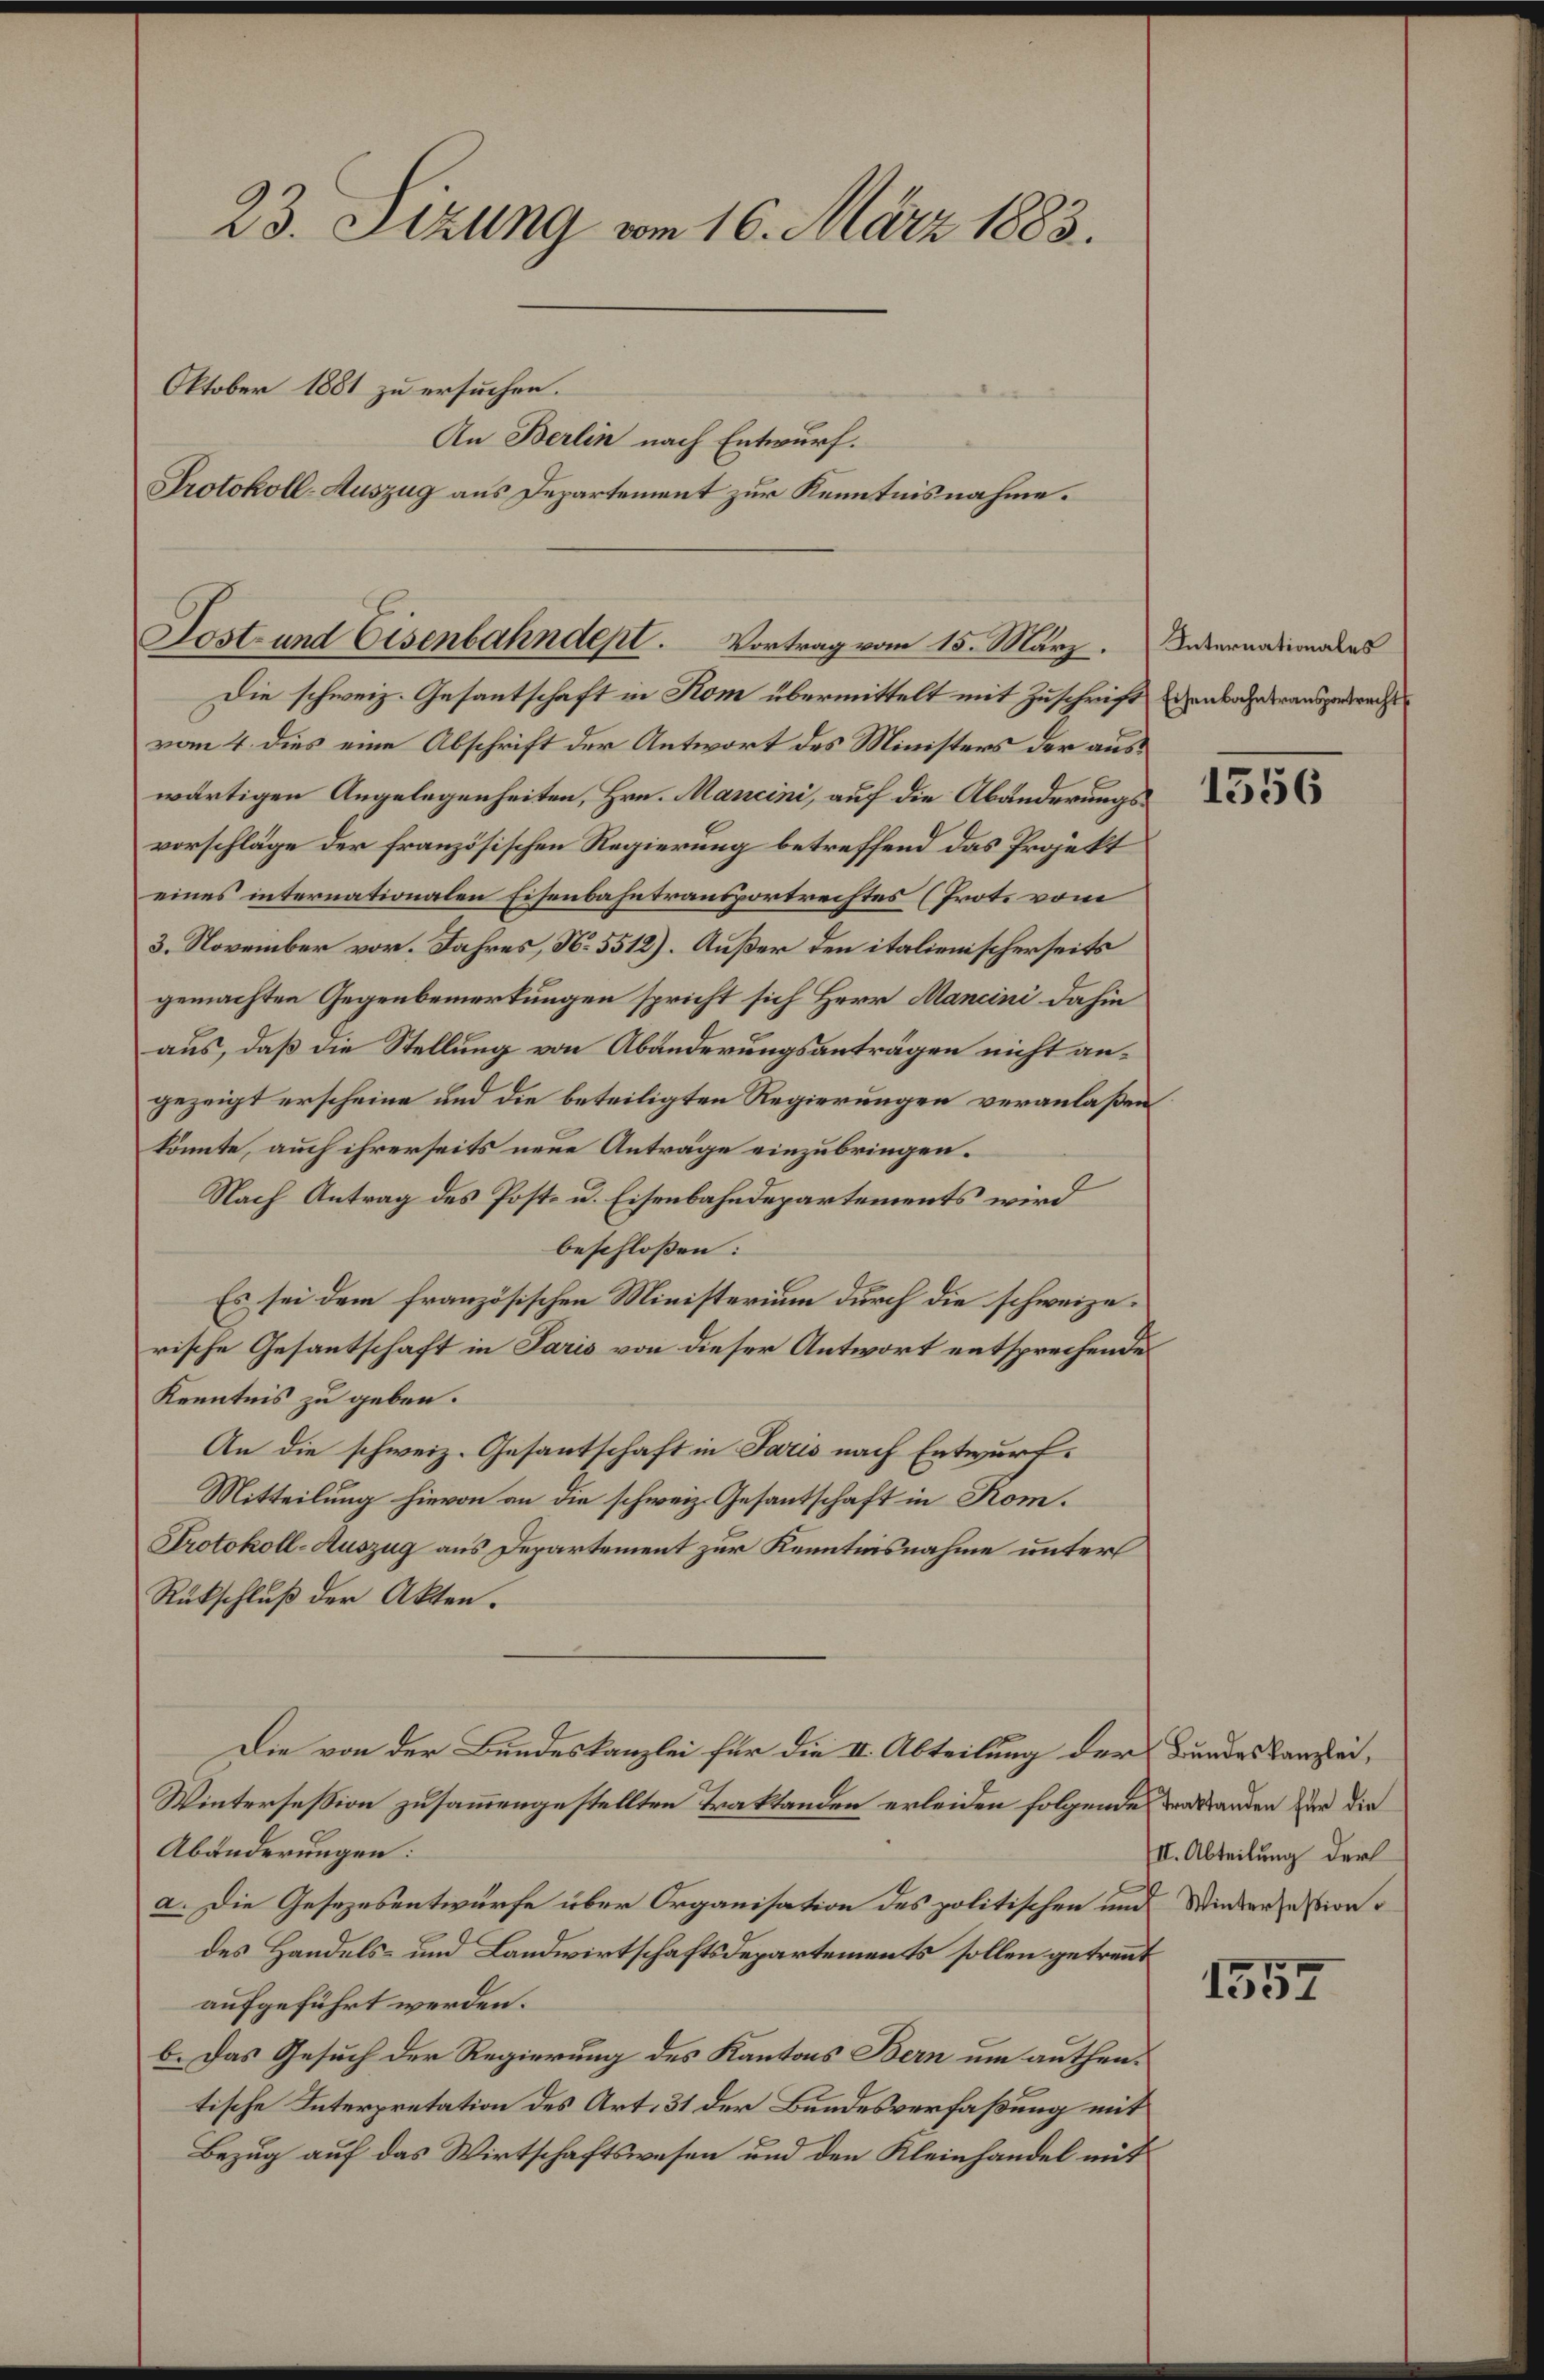
23. Sizung vom 16. März 1883.
Oktober 1881 zu ersuchen.

Sost- und Eisenbahndept. Vortrag vom 15. März.

An Berlin nach Entwurf.
Protokoll-Auszug aus Departement zur Kenntnisnahme.

Die schweiz. Gesantschaft in Kom übermittelt mit Zuschrift Eggenbahnderausgebracht
vom 4. dies eine Abschrift der Antwort des Ministers der auswärtigen Angelegenheiten, Hrn. Mancini, auf die Abänderungsvorschläge der französischen Regierung betreffend das Projekt
eines internationalen Eisenbahntransportrechtes (Prote vom
3. November vor. Jahres, No. 5512). Außer den italienischerseits
gemachten Gegenbemerkungen spricht sich Herr Mancini dahin
aus, daß die Stellung von Abänderungsanträgen nicht angezeigt erscheine und die beteiligten Regierungen veranlaßen
könnte, auch ihrerseits neue Anträge einzubringen.
Nach Antrag des Post- u. Eisenbahndepartements wird
beschloßen:
Es sei dem französischen Ministerium durch die schweizerische Gesantschaft in Paris von dieser Antwort entsprechende
Kenntnis zu geben.
An die schweiz. Gesantschaft in Paris nach Entwurf.
Mitteilung hievon an die schweiz. Gesantschaft in Rom.
Protokoll-Auszug aus Departement zur Kenntnisnahme unter
Rückschluß der Akten.
Die von der Bundeskanzlei für die II. Abteilung der Bundeskanzlei,
Wintersession zusammengestellten Traktanden erleiden folgende um Standen zur die
Abänderungen:
a. Die Gesezesentwurfe über Organisation des politischen und Wieder sein
des Handels- und Landwirtschaftsdepartements sollen getreut
aufgeführt werden.
b. Das Gesuch der Regierung des Kantons Bern um authentische Interpretation des Art. 31 der Bundesverfaßung mit
Bezug auf das Wirtschaftswesen und den Kleinhandel mit

Internationales

1556

III. Abteilung der

1557